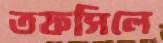
তফসিলে